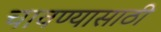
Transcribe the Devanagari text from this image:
चावण्यासाठी